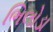
ભિલોડા